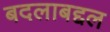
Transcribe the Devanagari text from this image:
बदलाबद्दल